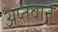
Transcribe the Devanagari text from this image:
अप्तवान